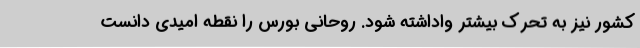
کشور نیز به تحرک بیشتر واداشته شود. روحانی بورس را نقطه امیدی دانست